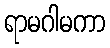
ရာမဂါမကာ